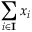
\sum _ { i \in \mathbf { I } } x _ { i }